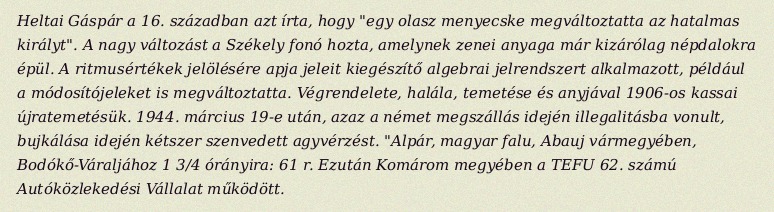
Heltai Gáspár a 16. században azt írta, hogy "egy olasz menyecske megváltoztatta az hatalmas királyt". A nagy változást a Székely fonó hozta, amelynek zenei anyaga már kizárólag népdalokra épül. A ritmusértékek jelölésére apja jeleit kiegészítő algebrai jelrendszert alkalmazott, például a módosítójeleket is megváltoztatta. Végrendelete, halála, temetése és anyjával 1906-os kassai újratemetésük. 1944. március 19-e után, azaz a német megszállás idején illegalitásba vonult, bujkálása idején kétszer szenvedett agyvérzést. "Alpár, magyar falu, Abauj vármegyében, Bodókő-Váraljához 1 3/4 órányira: 61 r. Ezután Komárom megyében a TEFU 62. számú Autóközlekedési Vállalat működött.